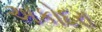
અકોદરા